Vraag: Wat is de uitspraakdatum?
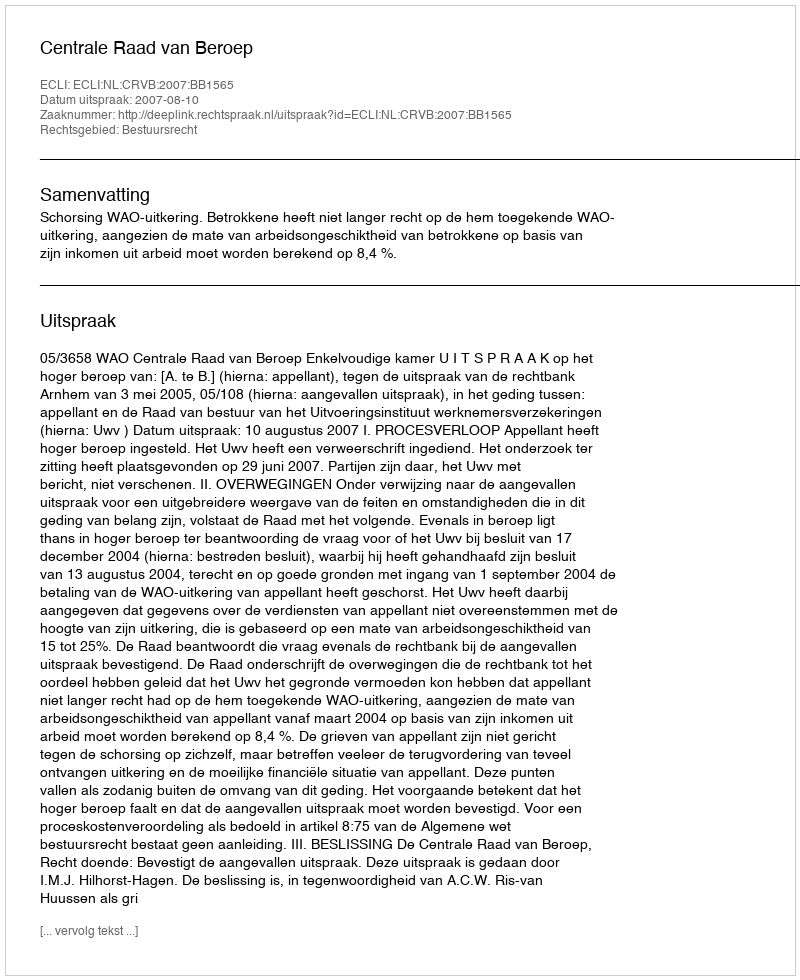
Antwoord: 2007-08-10